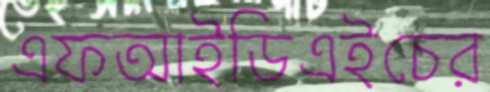
এফআইডিএইচের